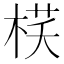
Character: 𣓎